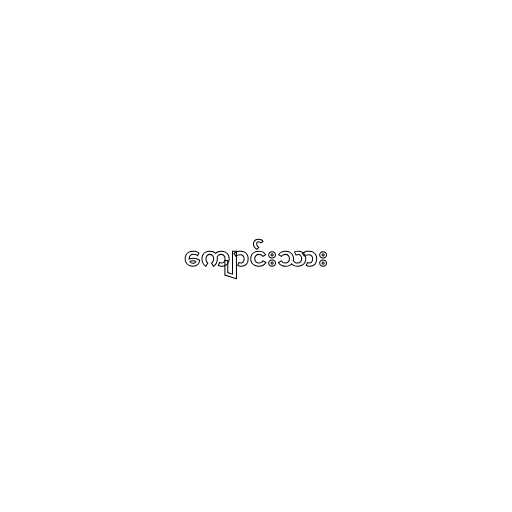
ကျောင်းသား